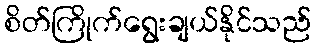
စိတ်ကြိုက်ရွေးချယ်နိုင်သည်